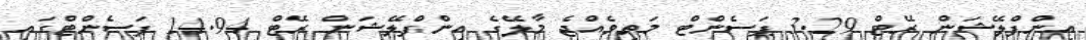
އިންފްލޭޝަން ރޭޓް 3.29 ޕަސެންޓް މަތިވެއްޖެ މާލޭގެ އިންފްލޭޝަން ރޭޓް 14.94 ޕަސެންޓްގައި